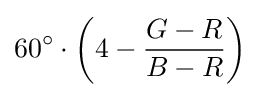
60^{\circ }\cdot \left(4-{\frac {G-R}{B-R}}\right)